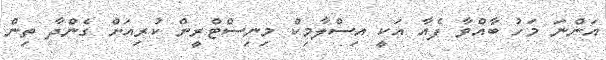
އަންނަ މަހު ބާއްވާ ފެއާ އަކީ އިސްލާމިކް މިނިސްޓްރީން ކުރިއަށް ގެންދާ ތިން